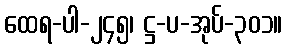
ထေရ-ပါ-၂၄၅၊ ဋ္ဌ-ပ-အုပ်-၃၀၁။